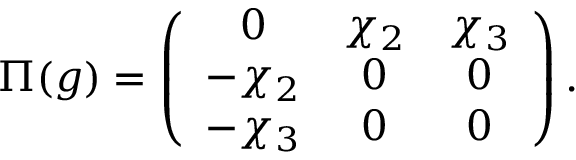
\Pi ( g ) = \left( \begin{array} { c c c } { { 0 } } & { { \chi _ { 2 } } } & { { \chi _ { 3 } } } \\ { { - \chi _ { 2 } } } & { { 0 } } & { { 0 } } \\ { { - \chi _ { 3 } } } & { { 0 } } & { { 0 } } \end{array} \right) .